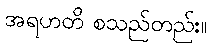
အရဟတိ စသည်တည်း။